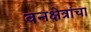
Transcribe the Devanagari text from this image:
वनक्षेत्रांचा